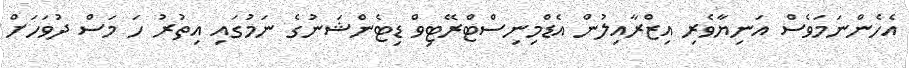
އެހެންނަމަވެސް އަނިޔާވެރި އިޒްރާއިލުން އެޑްމިނިސްޓްރޭޓިވް ޑިޓެންޝަނުގެ ނަމުގައި އިތުރު ހަ މަސް ދުވަހަށް